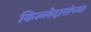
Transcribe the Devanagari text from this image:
किल्लेदारांच्या